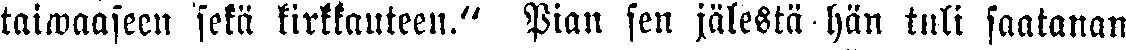
taiwaaseen sekä kirkkauteen." Pian sen jälestä hän tuli saatanan